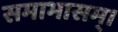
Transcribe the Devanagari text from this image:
समाभासम्।